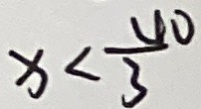
x < \frac { 4 0 } { 3 }